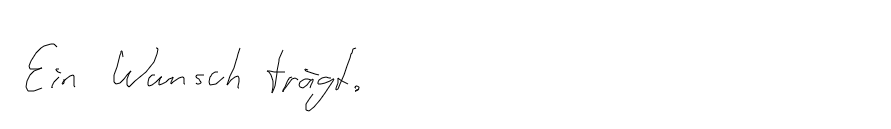
Ein Wunsch trägt.